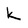
Character: k